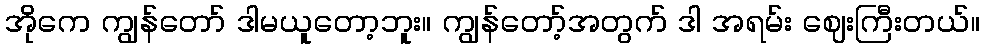
အိုကေ ကျွန်တော် ဒါမယူတော့ဘူး။ ကျွန်တော့်အတွက် ဒါ အရမ်း ဈေးကြီးတယ်။